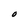
Character: O